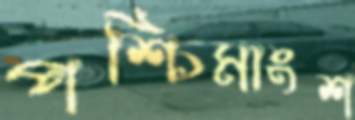
পশ্চিমাংশ